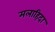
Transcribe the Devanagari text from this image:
मलाहिदा